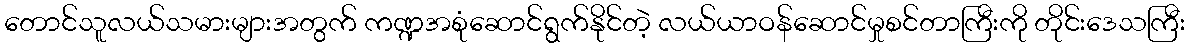
တောင်သူလယ်သမားများအတွက် ကဏ္ဍအစုံဆောင်ရွက်နိုင်တဲ့ လယ်ယာဝန်ဆောင်မှုစင်တာကြီးကို တိုင်းဒေသကြီး